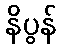
နိပွန်